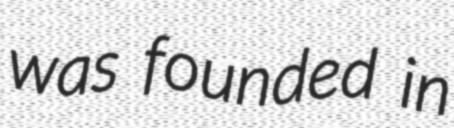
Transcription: was founded in